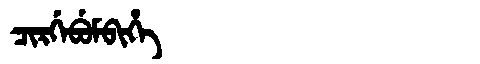
Manchu: ᠴᡳᡵᡤᡝᠪᡠᠮᠪᡳᡥᡝ
Romanization: CIRGEBUMBIHE